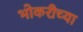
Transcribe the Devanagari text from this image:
भोकरीच्या